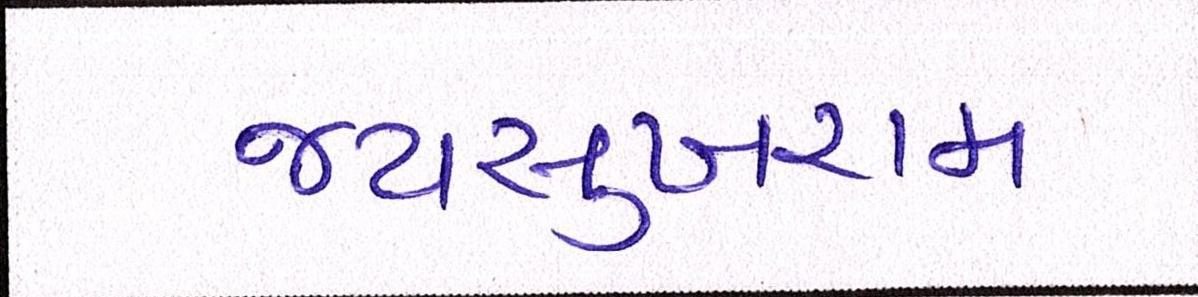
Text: જયસુખરામ